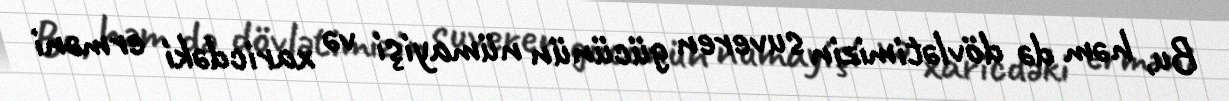
Bu, həm də dövlətimizin suveren gücünün nümayişi və xaricdəki erməni